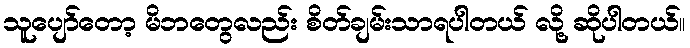
သူပျော်တော့ မိဘတွေလည်း စိတ်ချမ်းသာရပါတယ် လို့ ဆိုပါတယ်။